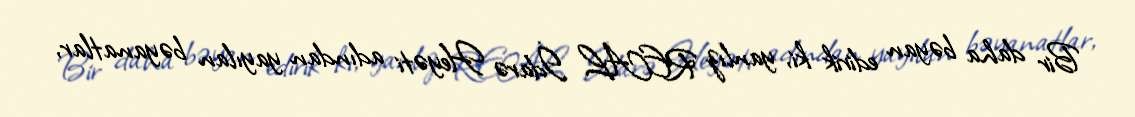
Bir daha bəyan edirik ki, yanlız REAL İdarə Heyəti adından yayılan bəyanatlar,